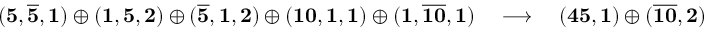
( { \bf 5 } , { \bf \overline { { 5 } } } , { \bf 1 } ) \oplus ( { \bf 1 } , { \bf 5 } , { \bf 2 } ) \oplus ( { \bf \overline { { 5 } } } , { \bf 1 } , { \bf 2 } ) \oplus ( { \bf 1 0 } , { \bf 1 } , { \bf 1 } ) \oplus ( { \bf 1 } , { \bf \overline { { 1 0 } } } , { \bf 1 } ) \quad \longrightarrow \quad ( { \bf 4 5 } , { \bf 1 } ) \oplus ( { \bf \overline { { 1 0 } } } , { \bf 2 } )